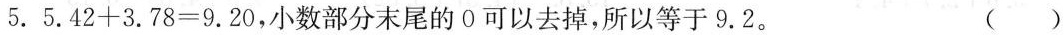
5. $$5 . 4 2 + 3 . 7 8 = 9 . 2 0$$ ，小数部分末尾的0可以去掉，所以等于9.2。 ( )